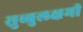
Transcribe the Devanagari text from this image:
सुब्बुलक्षमी